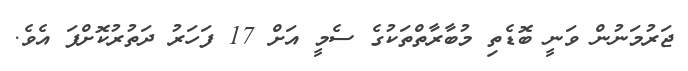
ޖަރުމަނުން ވަނީ ބޮޑެތި މުބާރާތްތަކުގެ ސެމީ އަށް 17 ފަހަރު ދަތުރުކޮށްފަ އެވެ.